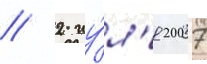
// 2 иу́л'я 2007